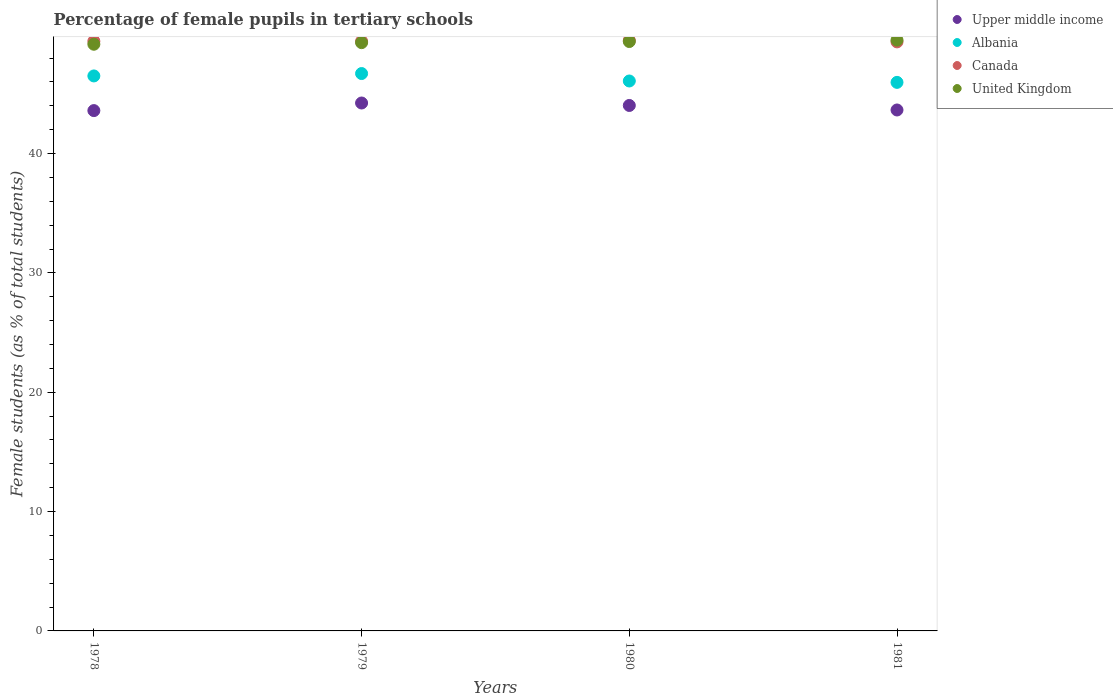
| Years | Upper middle income | Albania | Canada | United Kingdom |
 | --- | --- | --- | --- | --- |
 | 1978 | 43.6 | 46.5 | 49.4 | 49.2 |
 | 1979 | 44.2 | 46.7 | 49.4 | 49.3 |
 | 1980 | 44 | 46.1 | 49.5 | 49.4 |
 | 1981 | 43.7 | 46 | 49.4 | 49.5 |